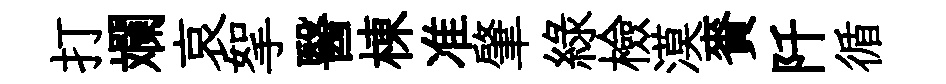
打斕哀挐醫棟准肇綠檢漠賚阡循